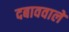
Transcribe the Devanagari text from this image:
दबाववाले